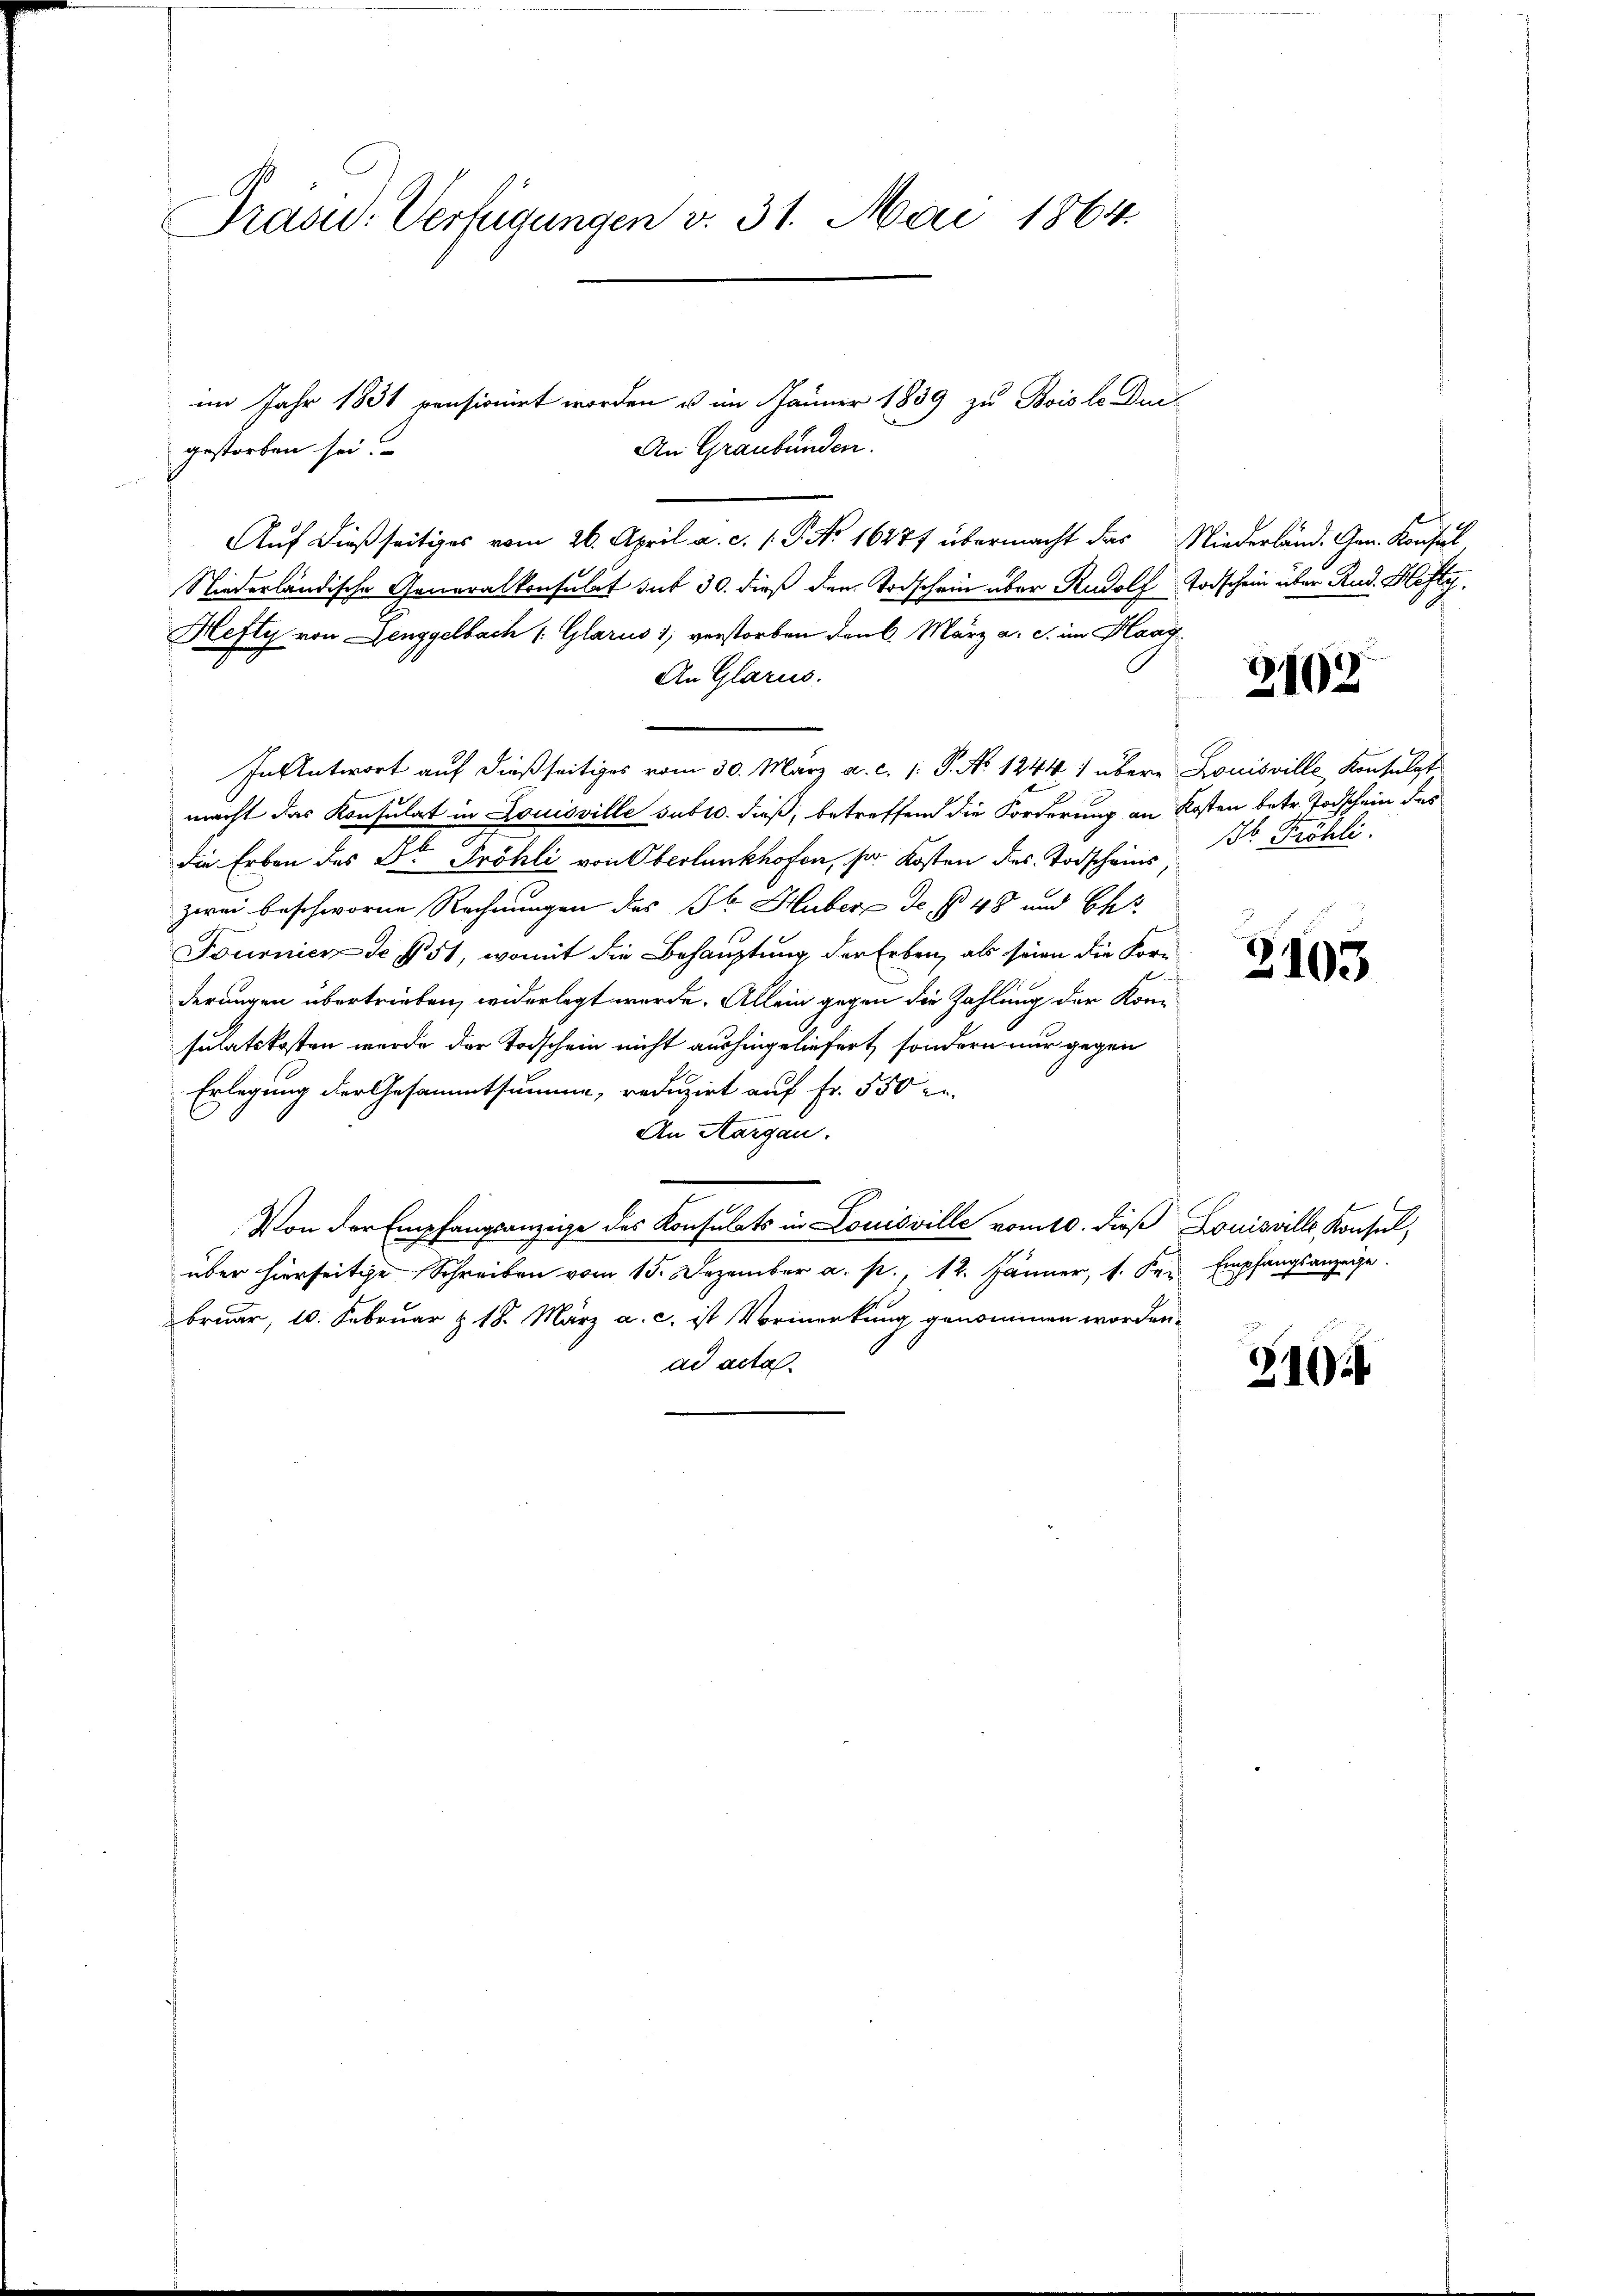
Präsid. Verfügungen v. 31. Mai 1864.

im Jahr 1831 pensionirt worden u im Jänner 1839 zu Bois lo Die
An Graubünden.
Auf dießseitiges vom 26. April a. c. s. P. Nr. 16277 übermacht das Niederländ. Gen. Konsul
Niederländische Generalkonsulat dit 30. dieß den Todschein über Rudolf Todschein über Rud. Hefty.
Hefty von Lenggelbach 1. Glarus 1, verstorben den k. März a. c. im Haag
An Glarus.
In Antwort auf dießseitiges vom 30. März a. c. (: P. No 1244) übere Louisville Konsulat
macht das Konsulat in Louisville subto. dieß, betreffend die Forderung an Kosten betr. Todschein des
n
die Erben des Dr Fröhli von Oberlunkhofen, s. Kosten des Todscheins,
zwei beschworne Rechnungen des Dr. Huber de § 48 und Ch
Fournier de § 51, womit die Behauptung der Erben, als seien die Kornderungen übertrieben, widerlegt werde. Allein gegen die Zahlung der Kom-
sulatskosten wurde der Todschein nicht aushingeliefert, sondern nur gegen
Erlegung der Gesammtsumme, reduzirt auf Fr. 550 un
An Aargau.
Von der Empfangsanzeige des Konsulats in Louisville vom 10. dieß Louisville, Konsul,
über hierseitige Schreiben vom 15. Dezember a. p., 12. Jänner, 1. Fer. Empfangsanzeige
bruar, 10. Februar & 18. März a. c. ist Vormerkung genommen worden.
ad acta.

gestorben sei.

2163

St. Fröhli

3103

310